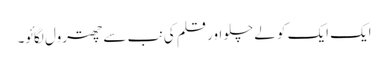
ایک ایک کو لے چلو اور قلم کی نب سے چھترول لگائو۔